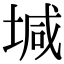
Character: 堿